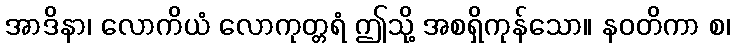
အာဒိနာ၊ လောကိယံ လောကုတ္တရံ ဤသို့ အစရှိကုန်သော။ နဝတိကာ စ၊